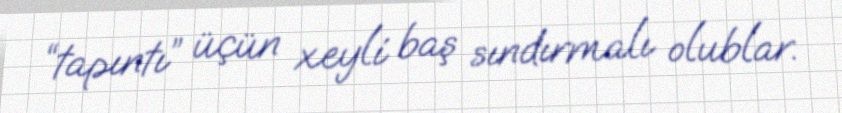
“tapıntı” üçün xeyli baş sındırmalı olublar.